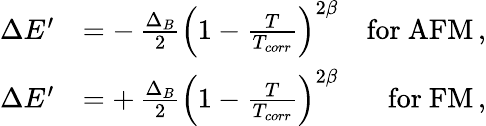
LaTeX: \begin{array}{rlr}{\Delta E^{\prime}}&{=-\, \frac{\Delta_{B}}{2}\left(1-\frac{T}{T_{corr}}\right)^{2\beta}}&{\mathrm{for~AFM}\, ,}\\ {\Delta E^{\prime}}&{=+\, \frac{\Delta_{B}}{2}\left(1-\frac{T}{T_{corr}}\right)^{2\beta}}&{\mathrm{for~FM}\, ,}\end{array}